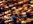
شأنهم